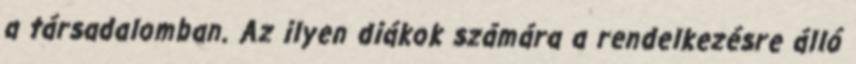
a társadalomban. Az ilyen diákok számára a rendelkezésre álló